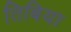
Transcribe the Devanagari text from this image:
तिबिया